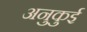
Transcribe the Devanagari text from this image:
अनुकुई